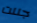
جننت